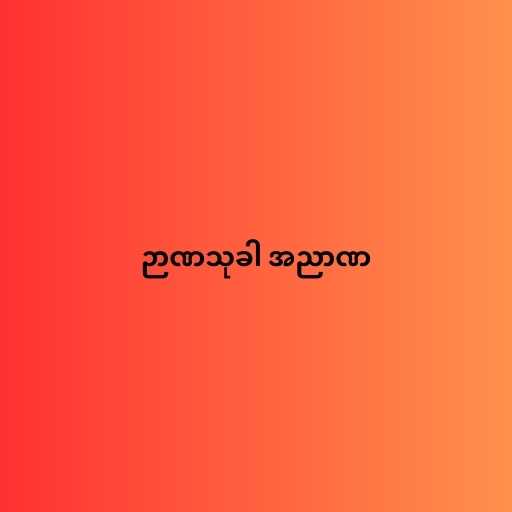
ဉာဏသုခါ အညာဏ